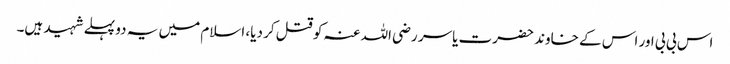
اس بی بی اور اس کے خاوند حضرت یاسر رضی اللہ عنہ کو قتل کر دیا، اسلام میں یہ دو پہلے شہید ہیں۔